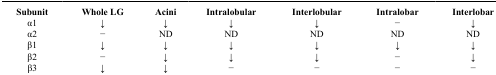
| Subunit | Whole LG | Acini | Intralobular | Interlobular | Intralobar | Interlobar |
 | --- | --- | --- | --- | --- | --- | --- |
 | α1 | ↓ | ↓ | ↓ | ↓ | − | ↓ |
 | α2 | − | ND | ND | ND | ND | ND |
 | β1 | ↓ | ↓ | ↓ | ↓ | ↓ | ↓ |
 | β2 | − | ↓ | ↓ | ↓ | − | ↓ |
 | β3 | ↓ | ↓ | − | − | − | − |